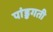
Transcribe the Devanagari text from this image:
पांडुगती